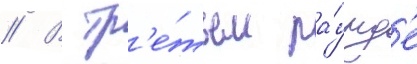
// В тр'е́тьем ра́унд'е